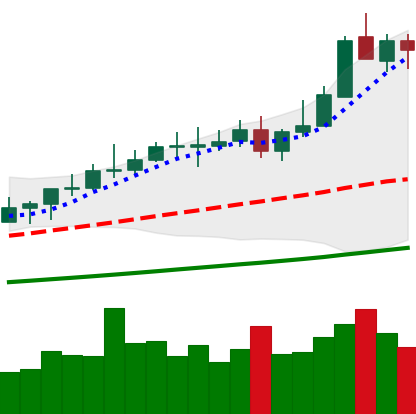
Ticker: XMR-USD
Chart end date: 2021-04-14
Forward return: 10.562%
Label: up_7plus